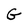
Character: G